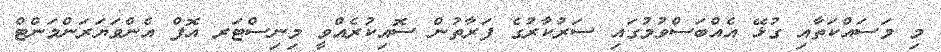
މި މަސައްކަތާއި ގުޅޭ އެއްބަސްވުމުގައި ސަރުކާރުގެ ފަރާތުން ސޮއިކުރެއްވީ މިނިސްޓަރ އޮފް އެންވަޔަރަންމަންޓް